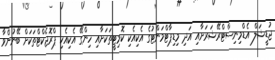
ޖުޑީޝަލް އެޑްމިނިސްޓްރޭޝަރަށާއި އަދި މިޑިޕާޓްމަންޓުގެ އެކިއެކި ކޮމިޓީތަކަށާއި ހިންގޭ އެކިއެކި ޕްރޮޖެކްޓްތަކަށް ބޭނުންވާ